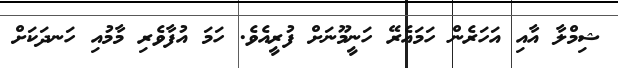
ޝިމްލާ އާއި އަހަރެން ހަމައެރޭ ހަނީީމޫނަށް ފުރީއެވެ. ހަމަ އުފާވެރި މާމުއި ހަނދަކަށް